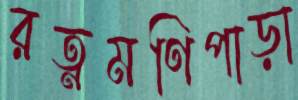
রত্নমণিপাড়া